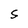
Character: S